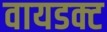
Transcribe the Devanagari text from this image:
वायडक्ट